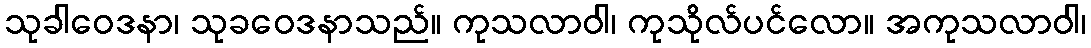
သုခါဝေဒနာ၊ သုခဝေဒနာသည်။ ကုသလာဝါ၊ ကုသိုလ်ပင်လော။ အကုသလာဝါ၊